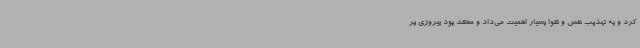
کرد و به تهذیب نفس و تقوا بسیار اهمیت می‌داد و معتقد بود پیروزی بر